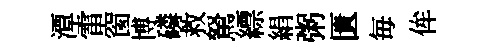
潭雷窗博磷救駑縹絹粥匱毎侔